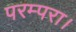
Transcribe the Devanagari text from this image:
परम्परा।